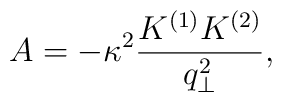
A= - \kappa^2 \frac{K^{(1)} K^{(2)}}{q_\perp^2},